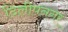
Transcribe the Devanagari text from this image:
दिलीपनगर